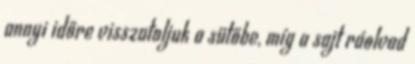
annyi időre visszatoljuk a sütőbe, míg a sajt ráolvad